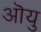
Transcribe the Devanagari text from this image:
ऒयु